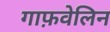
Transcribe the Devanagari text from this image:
गाफ़वेलिन